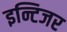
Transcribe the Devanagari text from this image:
इन्टिजर